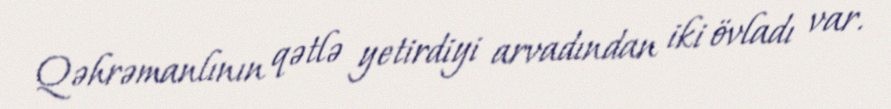
Qəhrəmanlının qətlə yetirdiyi arvadından iki övladı var.